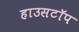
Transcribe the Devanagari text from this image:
हाउसटॉप